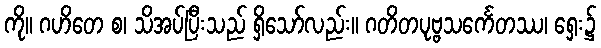
ကို။ ဂဟိတေ စ၊ သိအပ်ပြီးသည် ရှိသော်လည်း။ ဂတိတပုဗ္ဗသင်္ကေတဿ၊ ရှေး၌